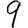
Digit: 9